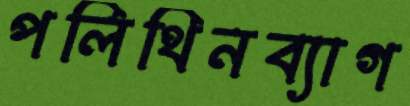
পলিথিনব্যাগ